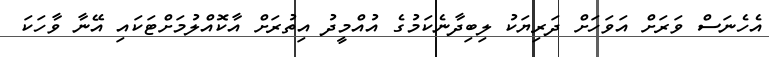
އެހެނަސް ވަރަށް އަވަހަށް ދަރިޔަކު ލިބިދާނެކަމުގެ އުއްމީދު އިތުރަށް އާކޮއްލުމަށްޓަކައި އޭނާ ވާހަކަ